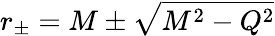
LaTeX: r_{\pm}=M\pm\sqrt{M^{2}-Q^{2}}